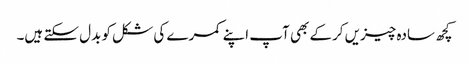
کچھ سادہ چیزیں کرکے بھی آپ اپنے کمرے کی شکل کو بدل سکتے ہیں۔